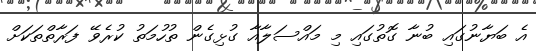
އެ ބަޔާނުގައި ބުނާ ގޮތުގައި މި މައްސަލާއާ ގުޅިގެން ތުހުމަތު ކުރެވޭ ފަރާތްތަކަށް